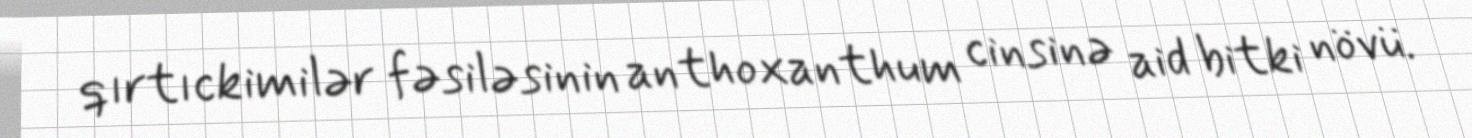
qırtıckimilər fəsiləsinin anthoxanthum cinsinə aid bitki növü.